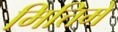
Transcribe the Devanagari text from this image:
मित्तिमे